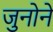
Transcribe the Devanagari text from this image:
जुनोने